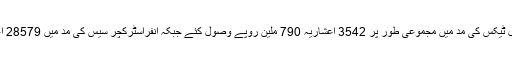
اجلاس کو بریفننگ دیتے ہوئے ڈائریکٹر جنرل ایکسائز اینڈ ٹیکسیشن شبیر احمد شیخ نے بتایا کہ موٹر وہیکل ٹیکس کی مد میں مجموعی طور پر 3542 اعشاریہ 790 ملین روپے وصول کئے جبکہ انفراسٹرکچر سیس کی مد میں 28579 اعشاریہ 517ملین روپے اور پروفیشنل ٹیکس کی مد میں247اعشاریہ 384 ملین روپے وصول کئے گئے۔